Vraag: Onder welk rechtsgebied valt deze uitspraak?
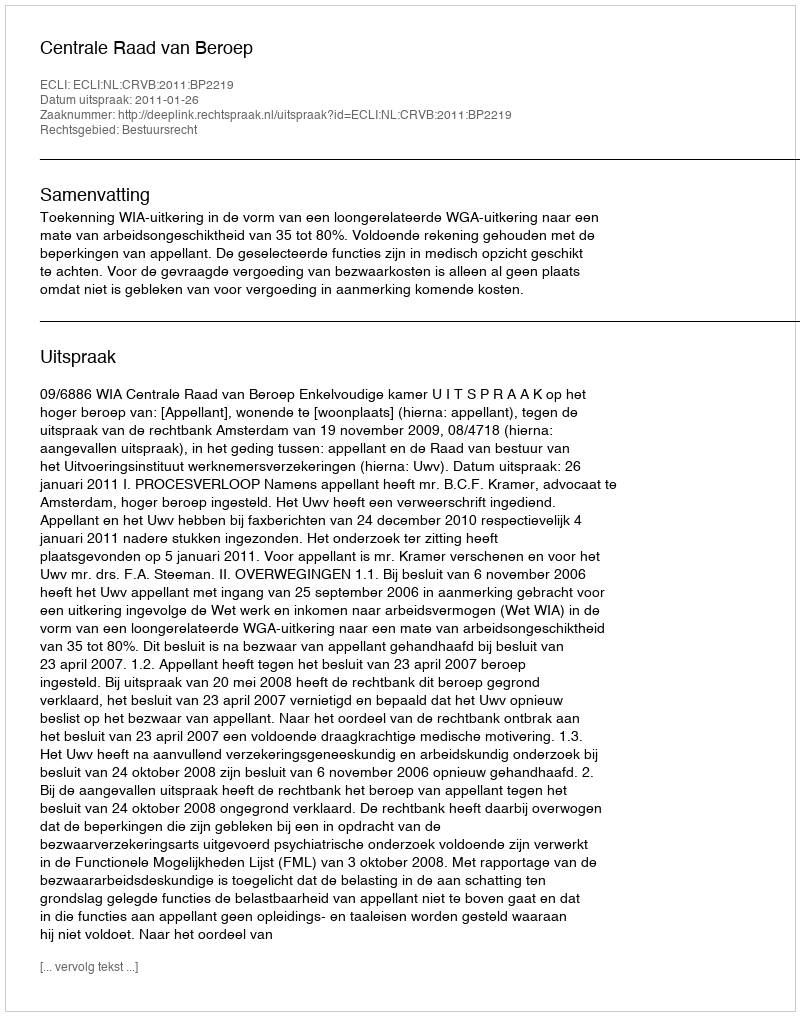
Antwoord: Bestuursrecht